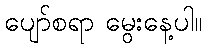
ပျော်စရာ မွေးနေ့ပါ။